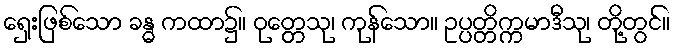
ရှေးဖြစ်သော ခန္ဓ ကထာ၌။ ဝုတ္တေသု၊ ကုန်သော။ ဥပ္ပတ္တိက္ကမာဒီသု၊ တို့တွင်။